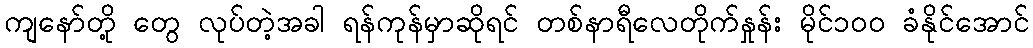
ကျနော်တို့ တွေ လုပ်တဲ့အခါ ရန်ကုန်မှာဆိုရင် တစ်နာရီလေတိုက်နှုန်း မိုင်၁၀၀ ခံနိုင်အောင်